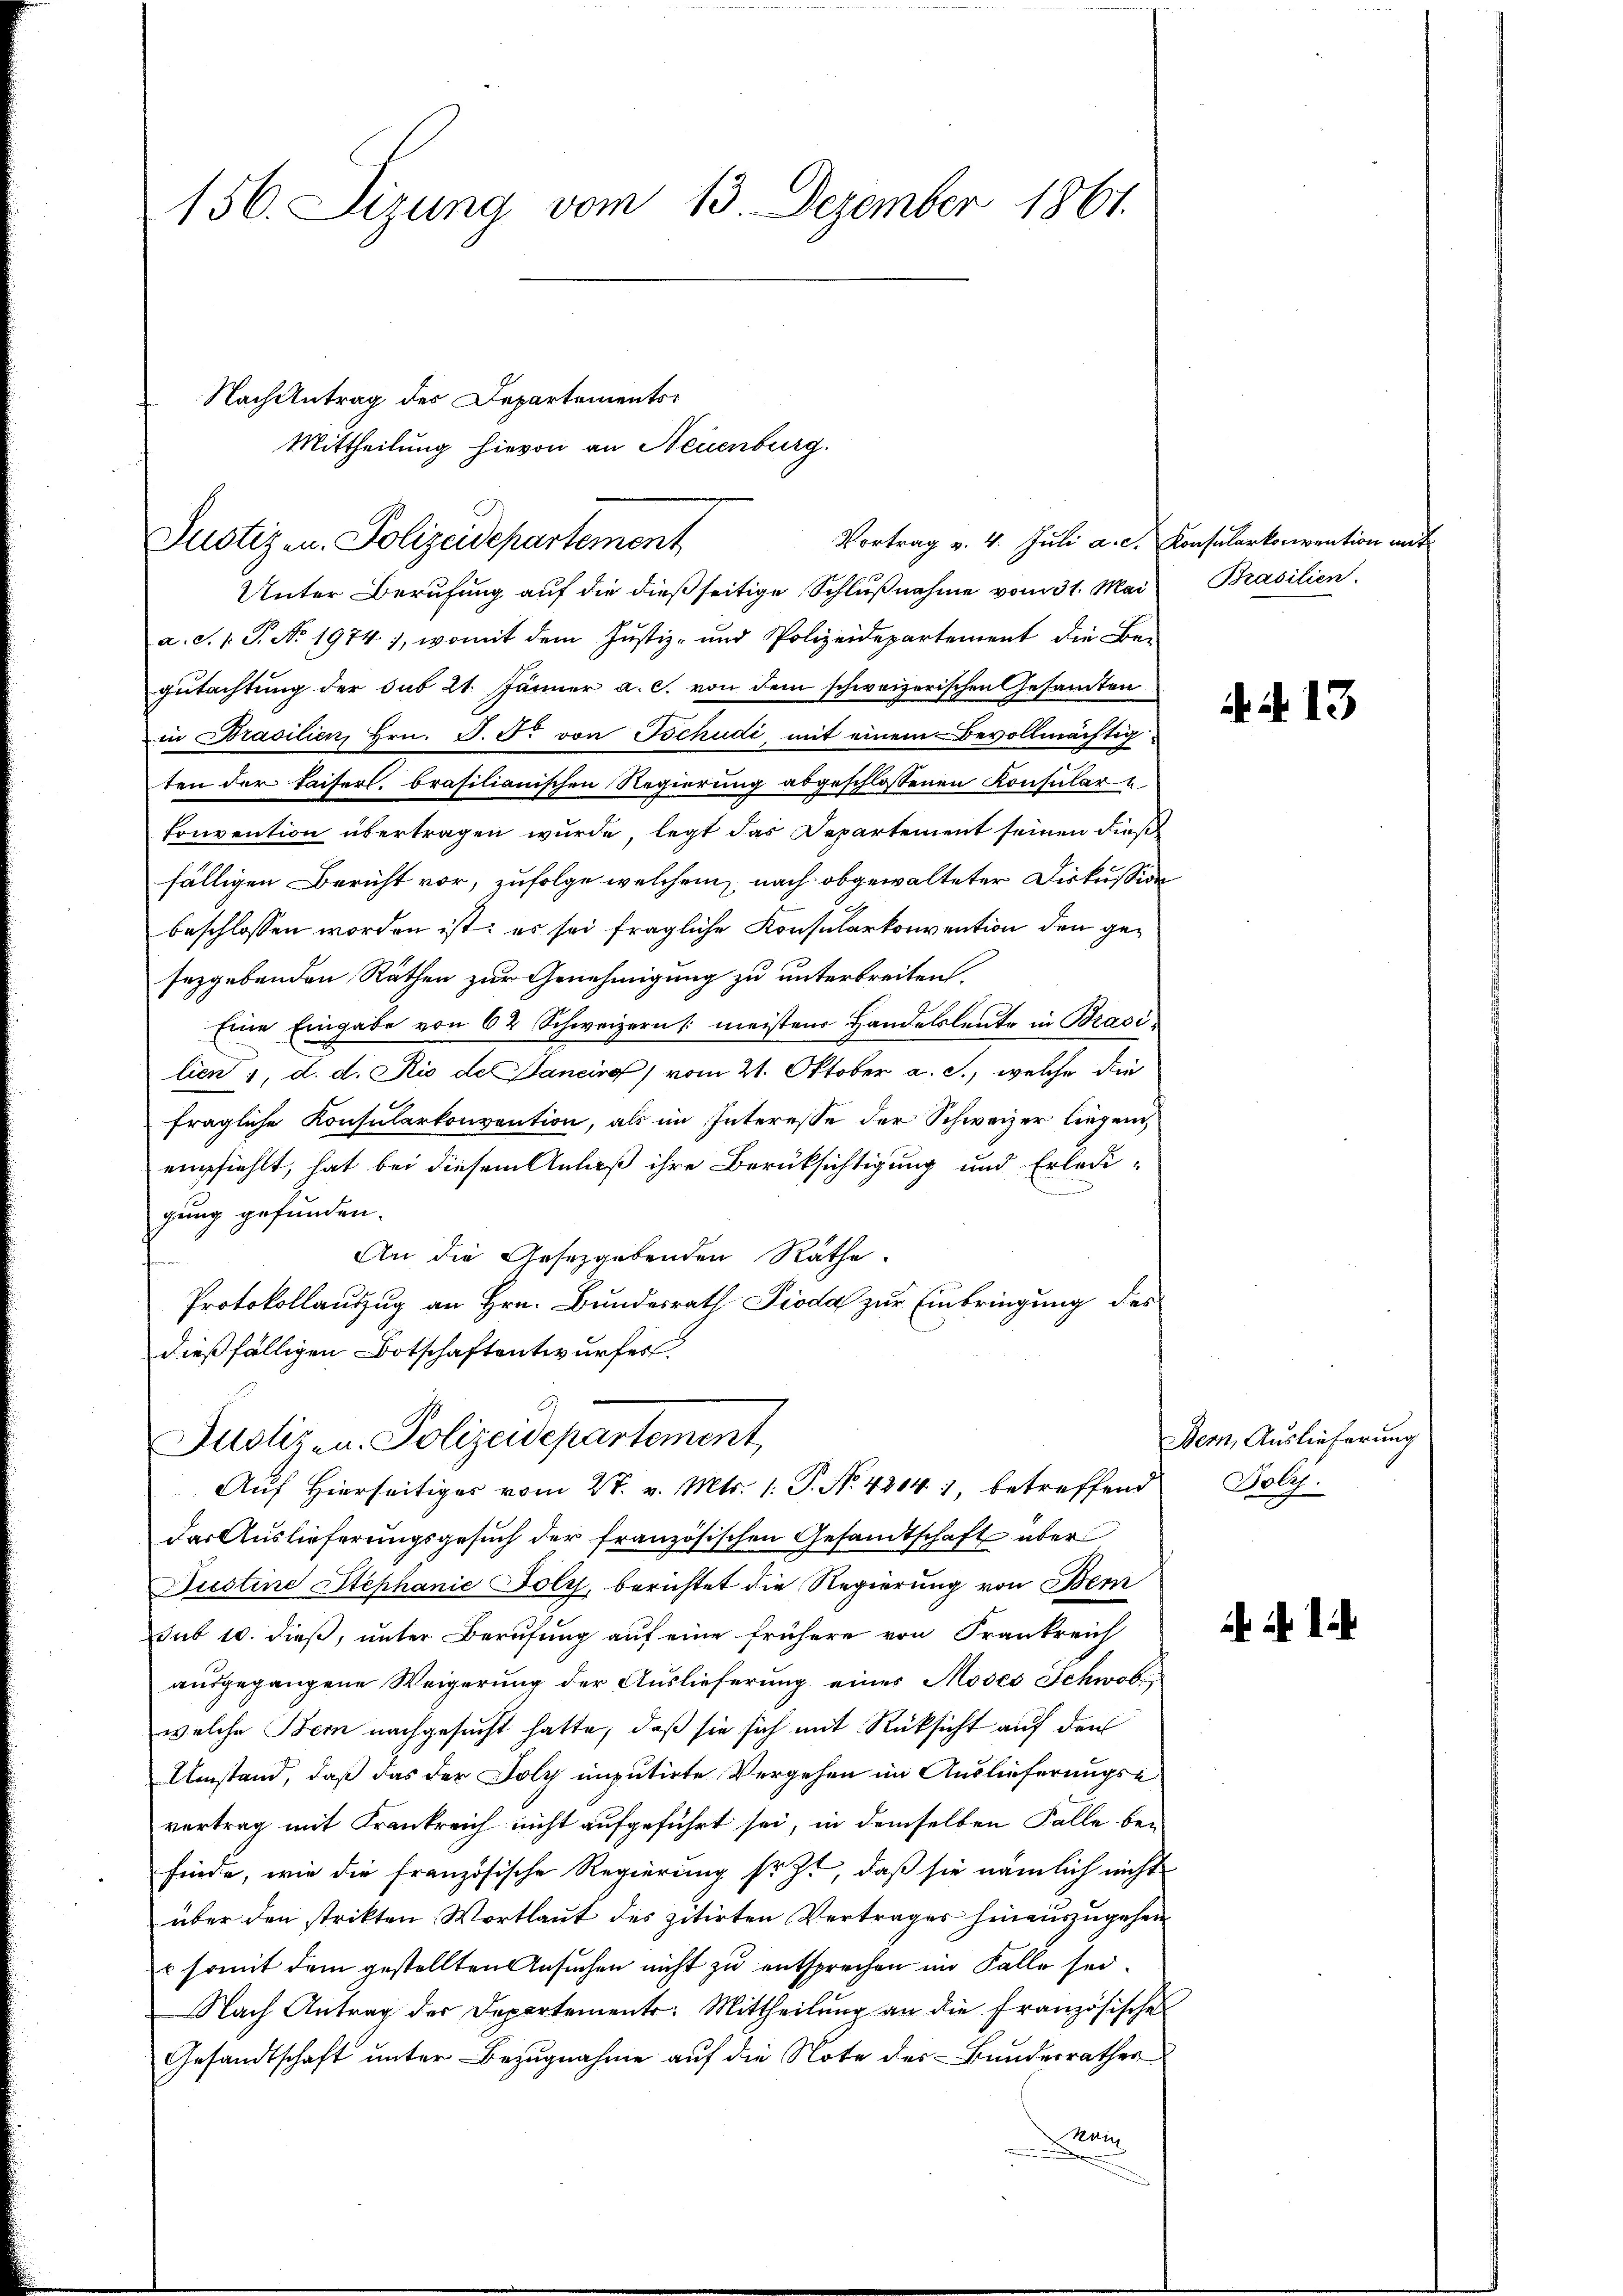
156. Sizung vom 13. Dezember 1861.

Nach Antrag des Departements¬
Mittheilung hievon an Neuenburg.
Vortrag v. 4. Juli a. c. Konsularkonvention im
Justizen. Polizeidepartement

Unter Berufung auf die dießseitige Schlußnahme vom 31. Mai
a. S. 1. P. No. 1974), womit dem Justiz- und Polizeidepartement die Be-
gutachtung der sub 21. Jänner a. c. von dem schweizerischen Gesamten
in Brasilien, Hrn. J. F. von Tschudi, mit einem Bevollmächtigten der Kaisers, brasilianischen Regierung abgeschlossenen Konsular
tonvention übertragen wurde, legt das Departement seinen dieß
fälligen Bericht vor, zufolge welchem nach obgewalteter Diskussion
beschlossen worden ist; es sei fragliche Konsularkonvention den gesezgebenden Räthen zur Genehmigung zu unterbreiten.
Eine Eingabe von 62 Schweizern 1: meisten Handelsleute in Brasi
lien 1, d. d. Rio de Janeiro vom 21. Oktober a. c., welche die
fragliche Konsularkonvention, als im Interesse der Schweizer liegend
empfiehlt, hat bei diesem Anlaß ihre Berüksichtigung und Erledigung gefunden.
An die Gesetzgebenden Räthe.
Protokollauszug an Hrn. Bundesrath Pioda zur Einbringung des
dießfälligen Botschaftentwurfes.
Justiz- u. Polizeidepartement
Auf Hierseitiges vom 27. v. Mts. 1. P. N. 4214. betreffend
das Auslieferungsgesuch der französischen Gesandtschaft über
Justine Stephanić Joly, berichtet die Regierung von Bern
sub 10. dieß, unter Berufung auf eine frühere von Frankreich
ausgegangene Weigerung der Auslieferung eines Modes Schwob
welche Bern nachgesucht hatte, daß sie sich mit Rücksicht auf den
Umstand, daß das der Poly imputirte Vergehen im Auslieferungse
vertrag mit Frankreich nicht aufgeführt sei, in demselben Falle be-
finde, wie die französische Regierung sezt, daß sie nämlich nicht
über den strikten Wortlaut des zitirten Vertrages hinauszugehen
 somit dem gestellten Ansuchen nicht zu entsprechen im Falle sei.
Nach Antrag der Departements: Mittheilung an die französische
Gesandtschaft unter Bezugnahme auf die Note des Bundesrathes
a

Brasilien.

N. 13

Der, Auslieferung
Foly.